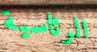
الرئاسية